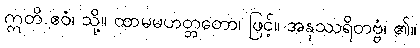
ဣတိ ဧဝံ၊ သို့။ ထာမမဟတ္တတော၊ ဖြင့်။ အနုဿရိတဗ္ဗံ၊ ၏။